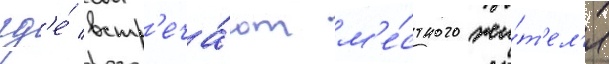
гд'е́ встр'еча́ют м'е́стного жи́т'ел'я